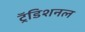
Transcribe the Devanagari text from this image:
ट्रॅडिशनल